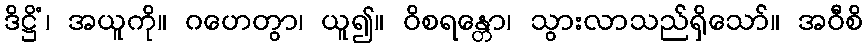
ဒိဋ္ဌိံ၊ အယူကို။ ဂဟေတွာ၊ ယူ၍။ ဝိစရန္တော၊ သွားလာသည်ရှိသော်။ အဝီစိ